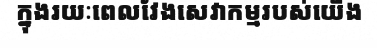
ក្នុងរយៈពេលវែងសេវាកម្មរបស់យើង